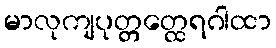
မာလုကျပုတ္တတ္ထေရဂါထာ